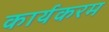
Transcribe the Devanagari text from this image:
कार्यकरम